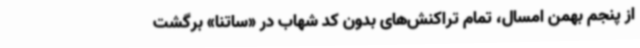
از پنجم بهمن‌ امسال، تمام تراکنش‌های بدون کد شهاب در «ساتنا» برگشت